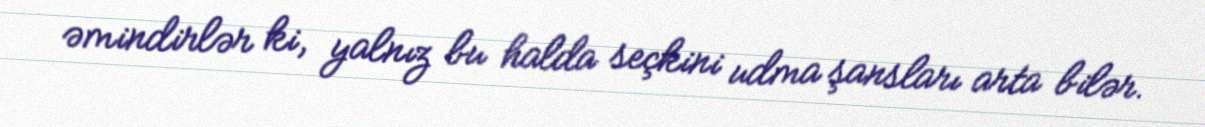
əmindirlər ki, yalnız bu halda seçkini udma şansları arta bilər.